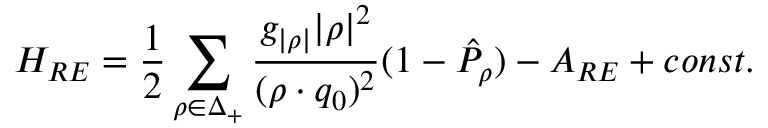
{ \cal H } _ { R E } = { \frac { 1 } { 2 } } \sum _ { \rho \in \Delta _ { + } } { \frac { g _ { | \rho | } | \rho | ^ { 2 } } { ( \rho \cdot q _ { 0 } ) ^ { 2 } } } ( 1 - \hat { \cal P } _ { \rho } ) - { \cal A } _ { R E } + c o n s t .